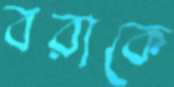
বরাকে